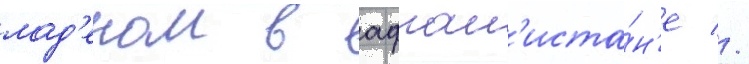
лад'еном в афган'иста́н'е //